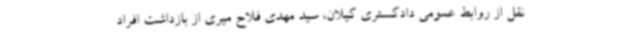
نقل از روابط عمومی دادگستری گیلان، سید مهدی فلاح میری از بازداشت افراد